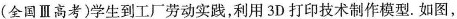
(全国Ⅲ高考)学生到工厂劳动实践，利用3D打印技术制作模型。如图，